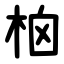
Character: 㭡